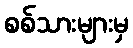
စစ်သားများမှ